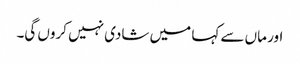
اور ماں سے کہا میں شادی نہیں کروں گی۔